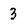
Character: 3